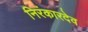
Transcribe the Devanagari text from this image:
निरंकारदेव